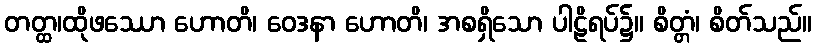
တတ္ထ၊ထိုဖဿော ဟောတိ၊ ဝေဒနာ ဟောတိ၊ အစရှိသော ပါဠိရပ်၌။ စိတ္တံ၊ စိတ်သည်။